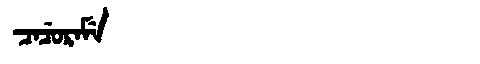
Manchu: ᠴᠠᠴᡠᡵᠠᠮᡝ
Romanization: CACURAME